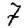
Digit: 7